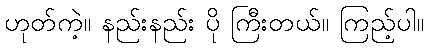
ဟုတ်ကဲ့။ နည်းနည်း ပို ကြီးတယ်။ ကြည့်ပါ။